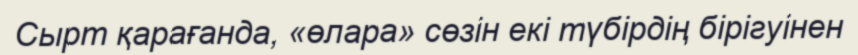
Сырт қарағанда, «өлара» сөзін екі түбірдің бірігуінен